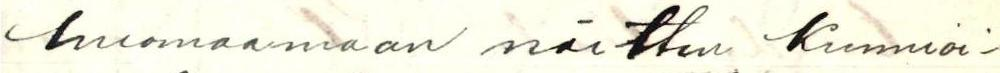
huomaamaan näitten Kunnioi-